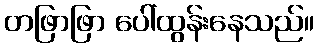
တဖြာဖြာ ပေါ်ထွန်းနေသည်။